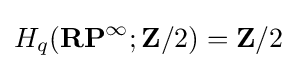
H_{q}(\mathbf {RP} ^{\infty };\mathbf {Z} /2)=\mathbf {Z} /2